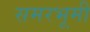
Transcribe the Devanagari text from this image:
समरभूमी